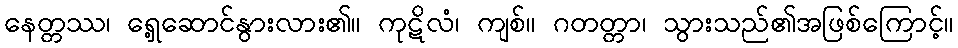
နေတ္တဿ၊ ရှေ့ဆောင်နွားလား၏။ ကုဋိလံ၊ ကျစ်။ ဂတတ္တာ၊ သွားသည်၏အဖြစ်ကြောင့်။